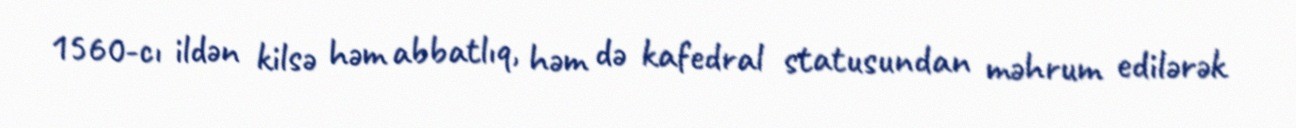
1560-cı ildən kilsə həm abbatlıq, həm də kafedral statusundan məhrum edilərək